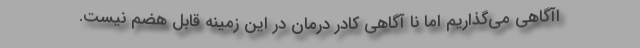
اآگاهی می‌گذاریم اما نا آگاهی کادر درمان در این زمینه قابل هضم نیست.